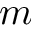
m